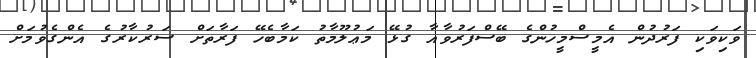
ވަކިވަކި ފަރުދުން އެމީސްމީހުންގެ ބޭސްފަރުވާއާ ގުޅޭ މަޢުލޫމާތު ކަމާބެހޭ ފަރާތަށް ސަރުކާރުގެ އެންގެވުމަށް